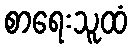
စာရေးသူထံ